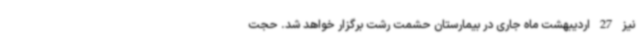
نیز 27 اردیبهشت ماه جاری در بیمارستان حشمت رشت برگزار خواهد شد. حجت